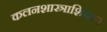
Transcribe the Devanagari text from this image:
कलनशास्त्राशिवाय